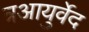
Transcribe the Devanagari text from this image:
त्रआयुर्वेद